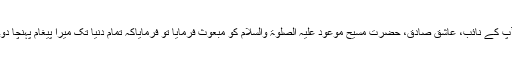
آپ کے نائب، عاشق صادق، حضرت مسیح موعود علیہ الصلوٰۃ والسلام کو مبعوث فرمایا تو فرمایاکہ تمام دنیا تک میرا پیغام پہنچا دو۔